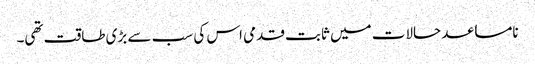
نامساعد حالات میں ثابت قدمی اس کی سب سے بڑی طاقت تھی۔